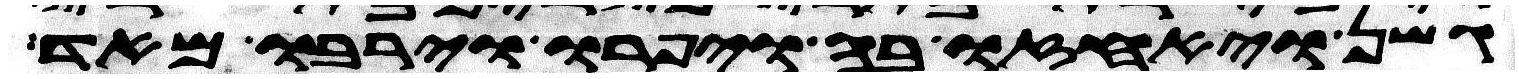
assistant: גשן ויאחזו בה ויפרו וירבו מאד